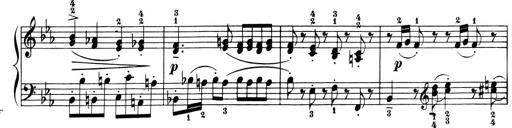
Title: 6 Piano Sonatinas
Composer: Cornelius Gurlitt